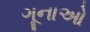
ગૂનાઓ